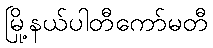
မြို့နယ်ပါတီကော်မတီ